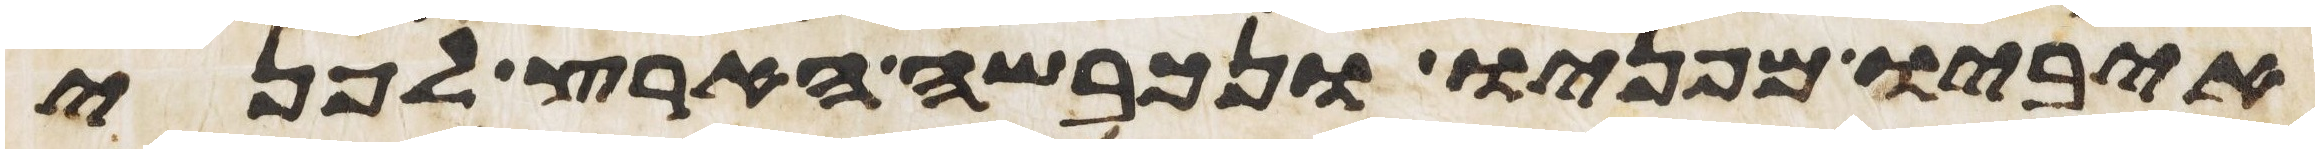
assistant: איביו מפניו ונכבשה הארץ לפני